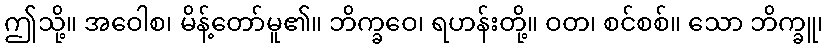
ဤသို့။ အဝေါစ၊ မိန့်တော်မူ၏။ ဘိက္ခဝေ၊ ရဟန်းတို့။ ဝတ၊ စင်စစ်။ သော ဘိက္ခူ၊